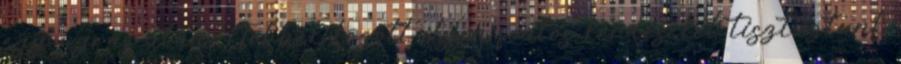
egy ugrás után? Többek között ilyen fontos kérdéseket tisztáztunk